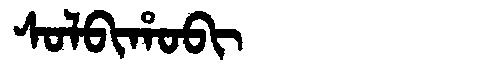
Manchu: ᠰᠣᠯᠪᡳᡥᠣᠪᡳ
Romanization: SOLBIHOBI